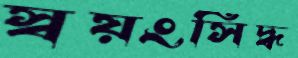
স্বয়ংসিদ্ধ